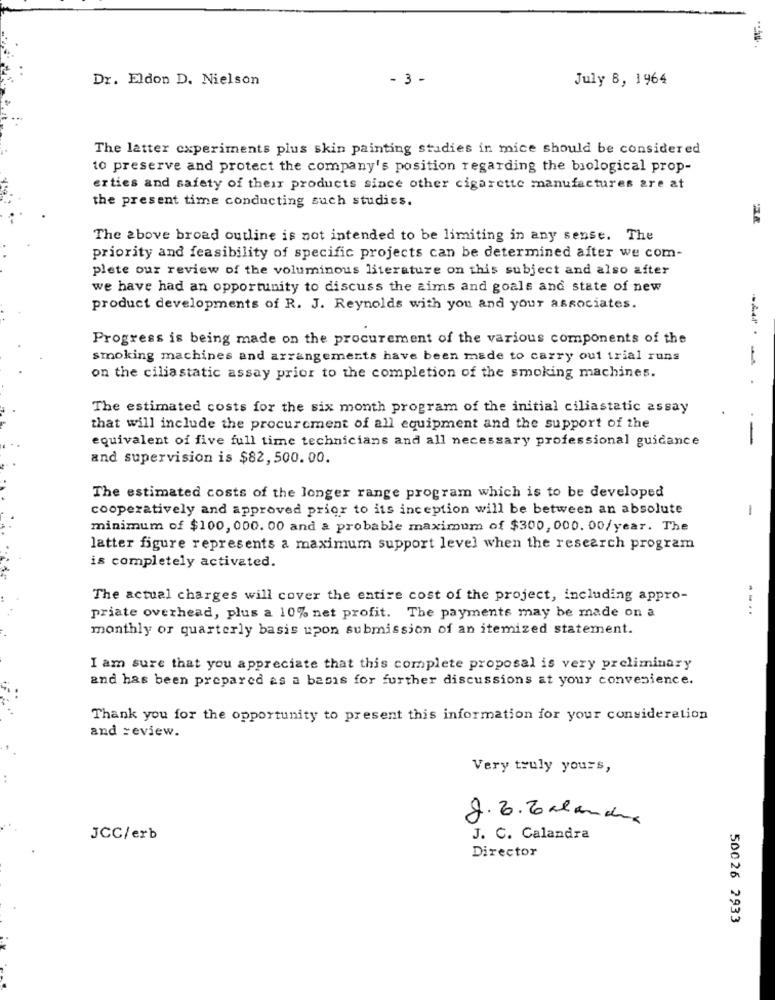
Dr. Eldon D. Nielson
- 3 -
July 8, 1964
The latter experiments plus skin painting studies in mice should be considered
to preserve and protect the company's position regarding the biological prop-
erties and safety of their products since other cigarette manufactures are at
the present time conducting such studies.
The above broad outline is not intended to be limiting in any sense. The
priority and feasibility of specific projects can be determined after we com-
plete our review of the voluminous literature on this subject and also after
we have had an opportunity to discuss the aims and goals and state of new
product developments of R. J. Reynolds with you and your associates.
Progress is being made on the procurement of the various components of the
smoking machines and arrangements have been made to carry out trial runs
-
on the ciliastatic assay prior to the completion of the smoking machines.
.
The estimated costs for the six month program of the initial ciliastatic assay
that will include the procurement of all equipment and the support of the
equivalent of five full time technicians and all necessary professional guidance
--
and supervision is $82, 500.00.
The estimated costs of the longer range program which is to be developed
cooperatively and approved prior to its inception will be between an absolute
-
minimum of $100, 000.00 and a probable maximum of $300, 000.00/year. The
latter figure represents a maximum support level when the research program
is completely activated.
The actual charges will cover the entire cost of the project, including appro-
--..
priate overhead, plus a 10% net profit. The payments may be made on a
monthly or quarterly basis upon submission of an itemized statement.
I am sure that you appreciate that this complete proposal is very preliminary
and has been prepared as a basis for further discussions at your convenience.
Thank you for the opportunity to present this information for your consideration
and review.
Very truly yours,
8.6.2020 andux
JCC/erb
J. C. Calandra
Director
50026 2933